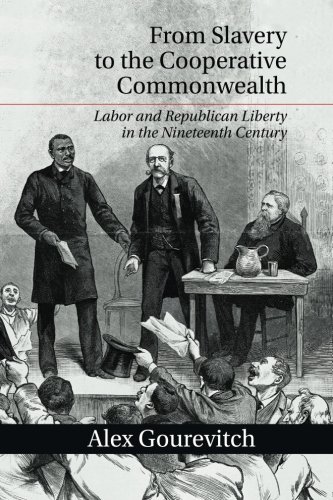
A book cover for From Slavery to the Cooperative Commonwealth: Labor and Republican Liberty in the Nineteenth Century; Dr Alex Gourevitch; Business & Money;